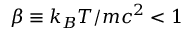
\beta \equiv k _ { B } T / m c ^ { 2 } < 1